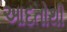
આદતોથી